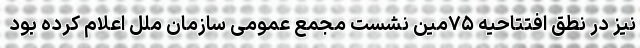
نیز در نطق افتتاحیه ۷۵مین نشست مجمع عمومی سازمان ملل اعلام کرده بود